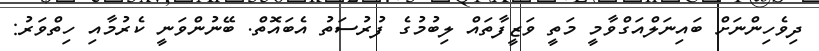
ދިވެހިންނަށް ބައިނަލްއަގްވާމީ މަތީ ވަޒީފާތައް ލިބުމުގެ ފުރުސަތު އެބައޮތް. ބޭނުންވަނީ ކެރުމާއި ހިތްވަރު: